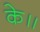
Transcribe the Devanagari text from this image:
के॥